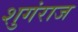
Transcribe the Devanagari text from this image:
शुगंराज